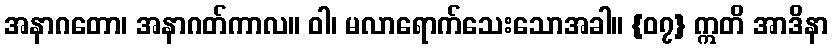
အနာဂတော၊ အနာဂတ်ကာလ။ ဝါ၊ မလာရောက်သေးသောအခါ။ {၀၇} ဣတိ အာဒိနာ